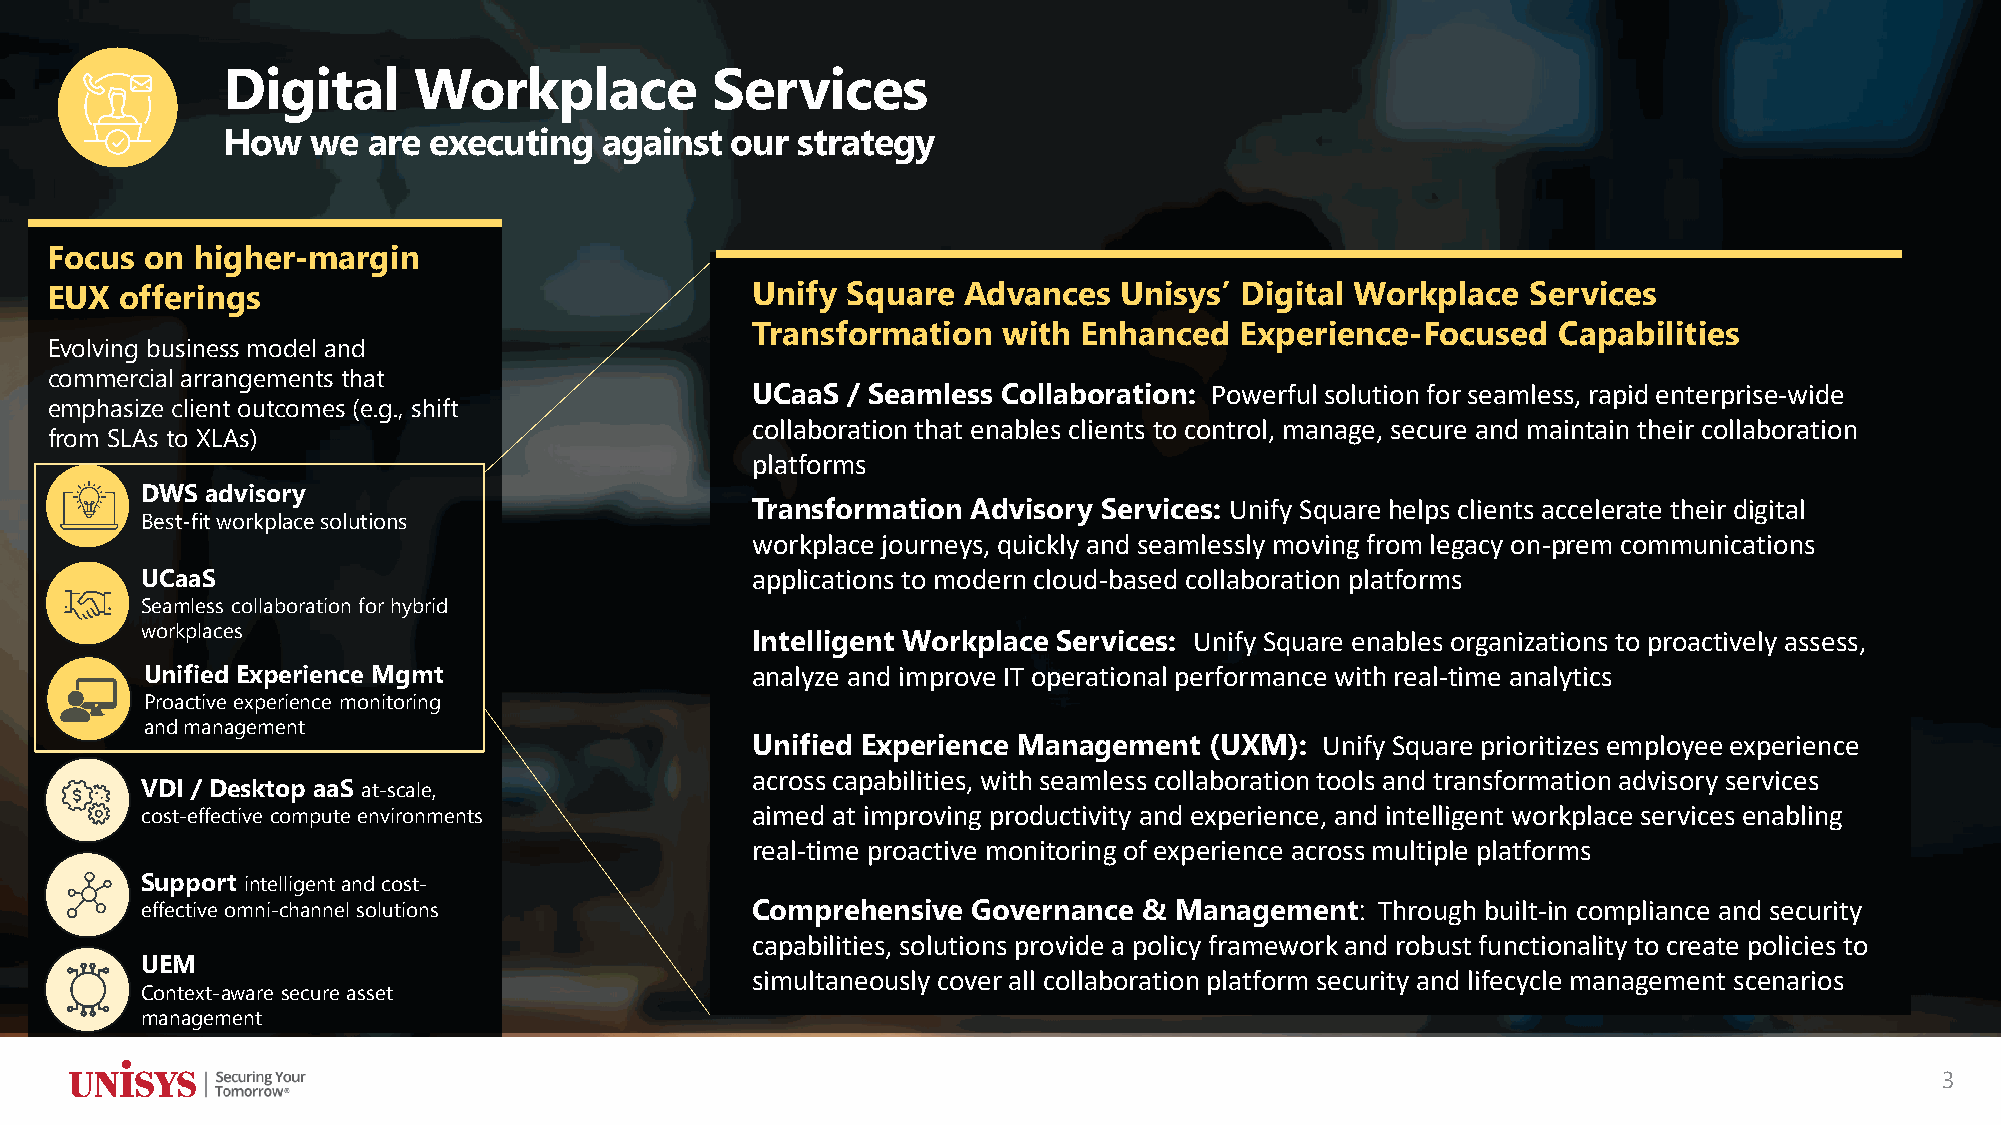
Digital     Workplace           Services
 How   we are executing   against our  strategy
 Focus  on higher-margin
 EUX  offerings                                 Unify Square  Advances  Unisys’ Digital Workplace  Services
 Transformation  with Enhanced   Experience-Focused   Capabilities
 Evolving business model and
 commercial arrangements that
 UCaaS / Seamless Collaboration: Powerful solution for seamless, rapid enterprise-wide
 emphasize client outcomes (e.g., shift
 collaboration that enables clients to control, manage, secure and maintain their collaboration
 from SLAs to XLAs)
 platforms
 DWS  advisory
 Transformation Advisory Services: Unify Square helps clients accelerate their digital
 Best-fit workplace solutions
 workplace journeys, quickly and seamlessly moving from legacy on-prem communications
 UCaaS                                    applications to modern cloud-based collaboration platforms
 Seamless collaboration for hybrid
 workplaces
 Intelligent Workplace Services: Unify Square enables organizations to proactively assess,
 Unified Experience Mgmt                 analyze and improve IT operational performance with real-time analytics
 Proactive experience monitoring
 and management
 Unified Experience Management (UXM):  Unify Square prioritizes employee experience
 across capabilities, with seamless collaboration tools and transformation advisory services
 VDI / Desktop aaS at-scale,
 cost-effective compute environments      aimed at improving productivity and experience, and intelligent workplace services enabling
 real-time proactive monitoring of experience across multiple platforms
 Support intelligentand cost-
 effective omni-channel solutions         Comprehensive Governance  & Management:  Through built-in compliance and security
 capabilities, solutions provide a policy framework and robust functionality to create policies to
 UEM
 simultaneously cover all collaboration platform security and lifecycle management scenarios
 Context-aware secure asset
 management
 3